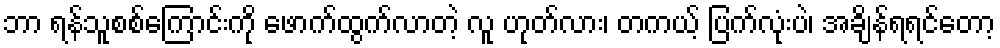
ဘာ ရန်သူစစ်ကြောင်းကို ဖောက်ထွက်လာတဲ့ လူ ဟုတ်လား၊ တကယ့် ပြက်လုံးပဲ၊ အချိန်ရရင်တော့